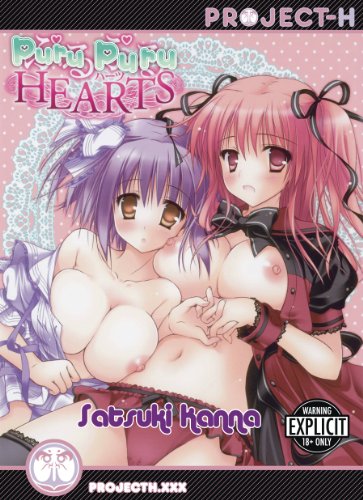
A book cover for PURUPURU HEARTS GN; Satsuki Kanna; Comics & Graphic Novels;